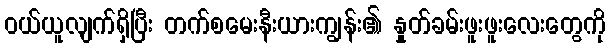
ဝယ်ယူလျက်ရှိပြီး တက်စမေးနီးယားကျွန်း၏ နှုတ်ခမ်းဖူးဖူးလေးတွေကို